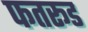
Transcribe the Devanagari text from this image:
फतरूड